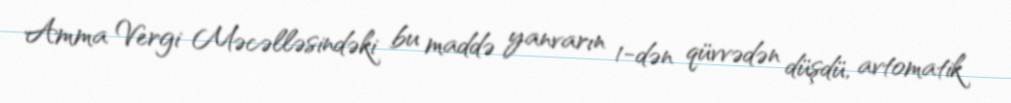
Amma Vergi Məcəlləsindəki bu maddə yanvarın 1-dən qüvvədən düşdü, avtomatik